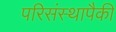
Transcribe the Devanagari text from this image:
परिसंस्थापैकी